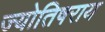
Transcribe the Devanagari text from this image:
ज्योतिषराय